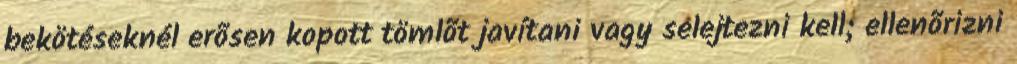
bekötéseknél erõsen kopott tömlõt javítani vagy selejtezni kell; ellenõrizni